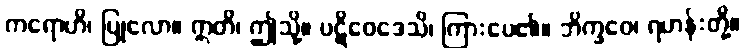
ကရောဟိ၊ ပြုလော။ ဣတိ၊ ဤသို့။ ပဋိဝေဒေသိ၊ ကြားပေ၏။ ဘိက္ခဝေ၊ ရဟန်းတို့။